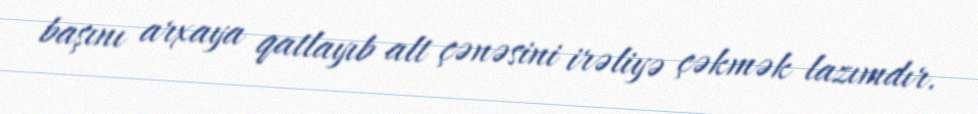
başını arxaya qatlayıb alt çənəsini irəliyə çəkmək lazımdır.